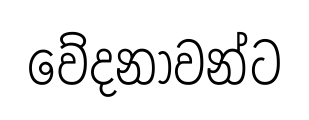
වේදනාවන්ට